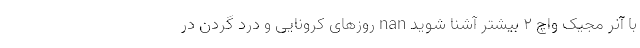
با آنر مجیک واچ 2 بیشتر آشنا شوید nan روزهای کرونایی و درد گردن در